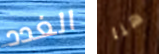
الغدد هنا